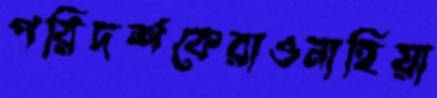
পরিদর্শকেরাওনাহিয়া